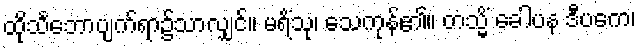
ထိုသင်္ဘောပျက်ရာ၌သာလျှင်။ မရိံသု၊ သေကုန်၏။ တသ္မိံ ခေါပန ဒီပကေ၊